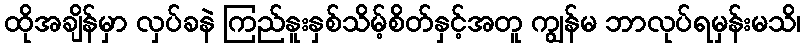
ထိုအချိန်မှာ လှပ်ခနဲ ကြည်နူးနှစ်သိမ့်စိတ်နှင့်အတူ ကျွန်မ ဘာလုပ်ရမှန်းမသိ၊